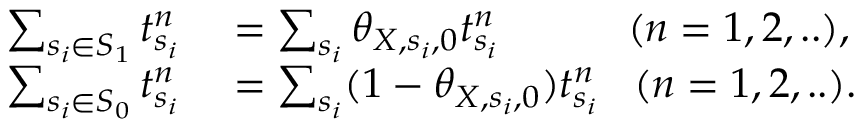
\begin{array} { r l } { \sum _ { s _ { i } \in S _ { 1 } } t _ { s _ { i } } ^ { n } } & { { } = \sum _ { s _ { i } } \theta _ { X , s _ { i } , 0 } t _ { s _ { i } } ^ { n } \; \; \; \; \; \; \; \; \; \; \; ( n = 1 , 2 , . . ) , } \\ { \sum _ { s _ { i } \in S _ { 0 } } t _ { s _ { i } } ^ { n } } & { { } = \sum _ { s _ { i } } ( 1 - \theta _ { X , s _ { i } , 0 } ) t _ { s _ { i } } ^ { n } \; \; \; ( n = 1 , 2 , . . ) . } \end{array}